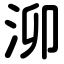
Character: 泖